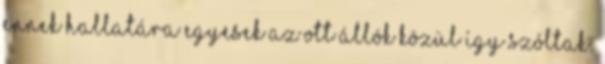
Ennek hallatára egyesek az ott állók közül így szóltak: